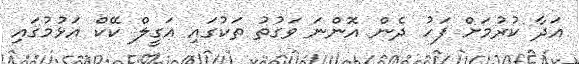
އަދާ ކުރުމަށް ފަހު ދެން އޮންނަ ވަގުތު ތަކުގައި އަގީލް ކޭކް އަޅުމުގައި